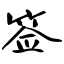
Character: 签